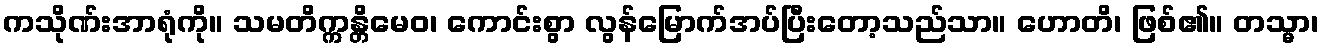
ကသိုဏ်းအာရုံကို။ သမတိက္ကန္တိမေဝ၊ ကောင်းစွာ လွန်မြောက်အပ်ပြီးတော့သည်သာ။ ဟောတိ၊ ဖြစ်၏။ တသ္မာ၊